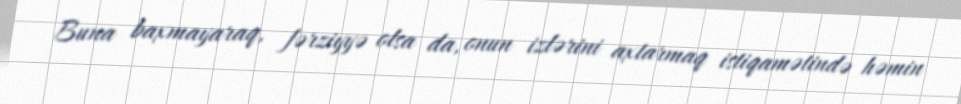
Buna baxmayaraq, fərziyyə olsa da, onun izlərini axtarmaq istiqamətində həmin